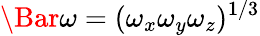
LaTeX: \Bar{\omega}=(\omega_{x}\omega_{y}\omega_{z})^{1/3}